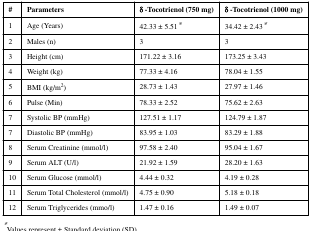
<table><thead><tr><td><b>#</b></td><td><b>Parameters</b></td><td><b>δ -Tocotrienol (750 mg)</b></td><td><b>δ -Tocotrienol (1000 mg)</b></td></tr></thead><tbody><tr><td>1</td><td>Age (Years)</td><td>42.33 ± 5.51*</td><td>34.42 ± 2.43*</td></tr><tr><td>2</td><td>Males (n)</td><td>3</td><td>3</td></tr><tr><td>3</td><td>Height (cm)</td><td>171.22 ± 3.16</td><td>173.25 ± 3.43</td></tr><tr><td>4</td><td>Weight (kg)</td><td>77.33 ± 4.16</td><td>78.04 ± 1.55</td></tr><tr><td>5</td><td>BMI (kg/m<sup>2</sup>)</td><td>28.73 ± 1.43</td><td>27.97 ± 1.46</td></tr><tr><td>6</td><td>Pulse (Min)</td><td>78.33 ± 2.52</td><td>75.62 ± 2.63</td></tr><tr><td>7</td><td>Systolic BP (mmHg)</td><td>127.51 ± 1.17</td><td>124.79 ± 1.87</td></tr><tr><td>7</td><td>Diastolic BP (mmHg)</td><td>83.95 ± 1.03</td><td>83.29 ± 1.88</td></tr><tr><td>8</td><td>Serum Creatinine (mmol/l)</td><td>97.58 ± 2.40</td><td>95.04 ± 1.67</td></tr><tr><td>9</td><td>Serum ALT (U/l)</td><td>21.92 ± 1.59</td><td>28.20 ± 1.63</td></tr><tr><td>10</td><td>Serum Glucose (mmol/l)</td><td>4.44 ± 0.32</td><td>4.19 ± 0.28</td></tr><tr><td>11</td><td>Serum Total Cholesterol (mmol/l)</td><td>4.75 ± 0.90</td><td>5.18 ± 0.18</td></tr><tr><td>12</td><td>Serum Triglycerides (mmo/l)</td><td>1.47 ± 0.16</td><td>1.49 ± 0.07</td></tr></tbody></table>